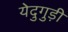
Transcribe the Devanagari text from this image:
येदुगुड़ी